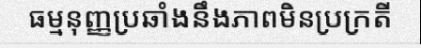
ធម្មនុញ្ញប្រឆាំងនឹងភាពមិនប្រក្រតី